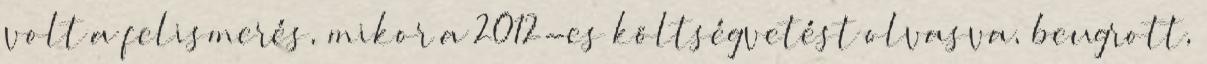
volt a felismerés, mikor a 2012-es költségvetést olvasva, beugrott,